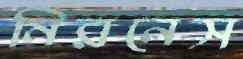
মিরনেস